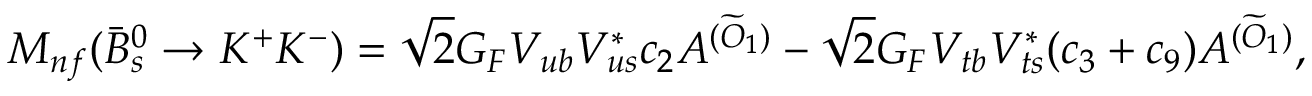
M _ { n f } ( \bar { B } _ { s } ^ { 0 } \rightarrow K ^ { + } K ^ { - } ) = \sqrt { 2 } G _ { F } V _ { u b } V _ { u s } ^ { * } c _ { 2 } A ^ { ( \widetilde { O } _ { 1 } ) } - \sqrt { 2 } G _ { F } V _ { t b } V _ { t s } ^ { * } ( c _ { 3 } + c _ { 9 } ) A ^ { ( \widetilde { O } _ { 1 } ) } ,